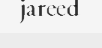
jareed